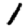
Digit: 1